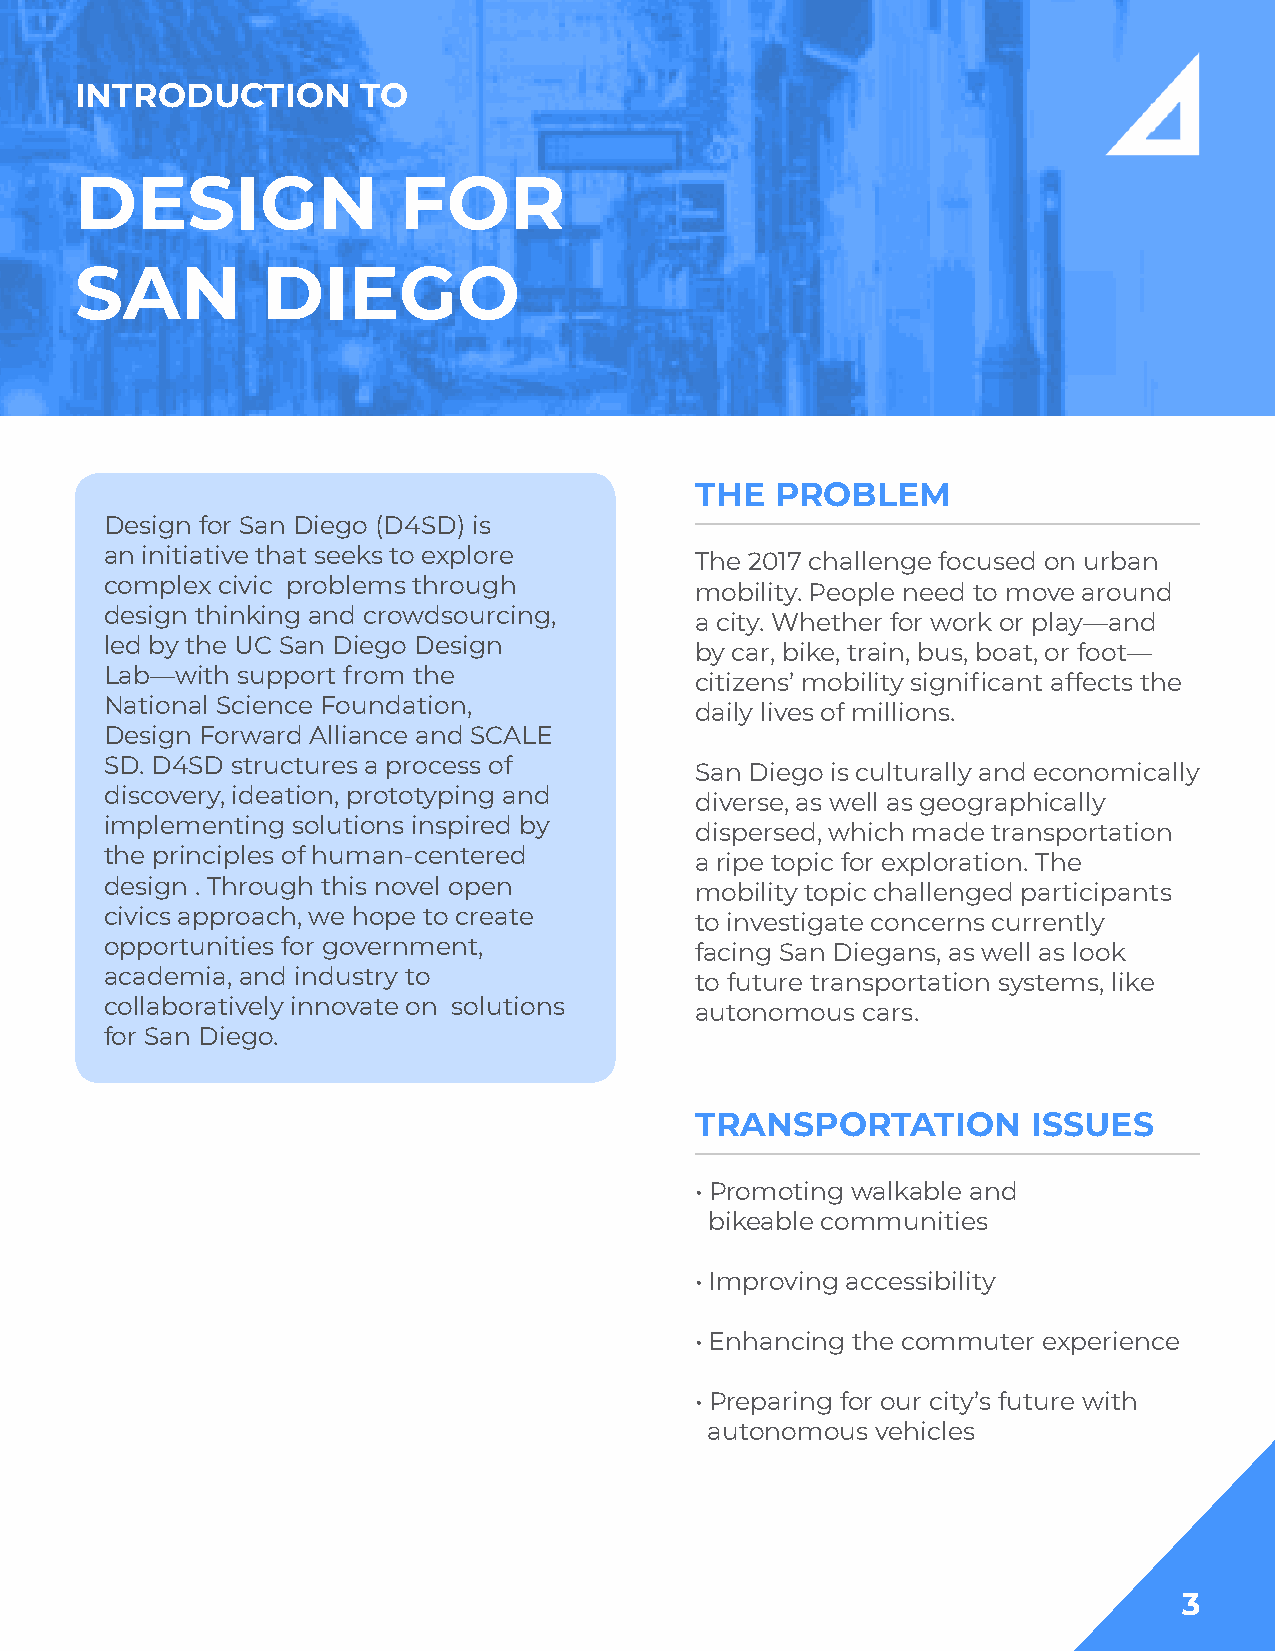
INTRODUCTION       TO
 DESIGN               FOR
 SAN         DIEGO
 THE  PROBLEM
 Design for San Diego (D4SD) is
 an initiative that seeks to explore    The 2017 challenge focused on urban
 complex civic problems through         mobility. People need to move around
 design thinking and crowdsourcing,     a city. Whether for work or play—and
 led by the UC San Diego Design         by car, bike, train, bus, boat, or foot—
 Lab—with support from the              citizens’ mobility significant affects the
 National Science Foundation,           daily lives of millions.
 Design Forward Alliance and SCALE
 SD. D4SD structures a process of       San Diego is culturally and economically
 discovery, ideation, prototyping and   diverse, as well as geographically
 implementing solutions inspired by     dispersed, which made transportation
 the principles of human-centered       a ripe topic for exploration. The
 design . Through this novel open       mobility topic challenged participants
 civics approach, we hope to create     to investigate concerns currently
 opportunities for government,          facing San Diegans, as well as look
 academia, and industry to              to future transportation systems, like
 collaboratively innovate on solutions  autonomous cars.
 for San Diego.
 TRANSPORTATION        ISSUES
 • Promoting walkable and
 bikeable communities
 • Improving accessibility
 • Enhancing the commuter experience
 • Preparing for our city’s future with
 autonomous vehicles
 3